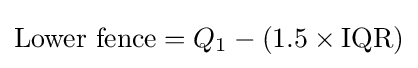
{\text{Lower fence}}=Q_{1}-(1.5\times \mathrm {IQR} )